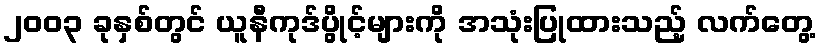
၂၀၀၃ ခုနှစ်တွင် ယူနီကုဒ်ပွိုင့်များကို အသုံးပြုထားသည့် လက်တွေ့